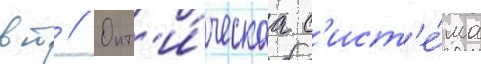
вт // Опт'и́ческаа с'ист'е́ма